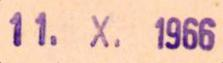
11. X.1966